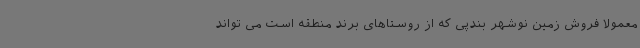
معمولا فروش زمین نوشهر بندپی که از روستاهای برند منطقه است می تواند